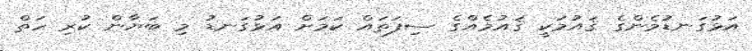
އަޅުގަނޑުމެންގެ ޤައުމަކީ ޤައުމެއްގެ ސިފަތައް ކަމަށް އަޅުގަނޑު މި ބަޔާން ކުރި ހަތް